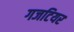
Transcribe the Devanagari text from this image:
गजटियर